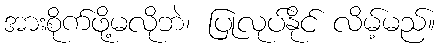
အားစိုက်ဖို့မလိုဘဲ၊ ပြုလုပ်နိုင် လိမ့်မည်။